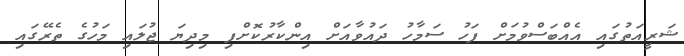
ޝަރީއަތުގައި އެއްބަސްވުމަށް ފަހު ސަމާހު ދައުވާއަށް އިންކާރުކޮށްފި މިދިޔަ ޖުލައި މަހުގެ ތެރޭގައި